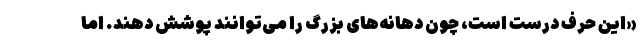
«این حرف درست است، چون دهانه‌های بزرگ را می‌توانند پوشش دهند. اما